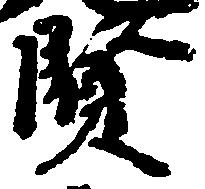
賢